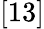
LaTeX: [13]